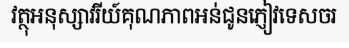
វត្ថុអនុស្សាវរីយ៍គុណភាពអន់ជូនភ្ញៀវទេសចរ